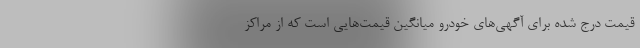
قیمت درج شده برای آگهی‌های خودرو میانگین قیمت‌هایی است که از مراکز